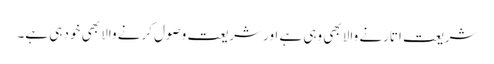
شریعت اتارنے والا بھی وہی ہے اور شریعت وصول کرنے والا بھی خود ہی ہے۔